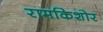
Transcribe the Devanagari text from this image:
रामकिशोर